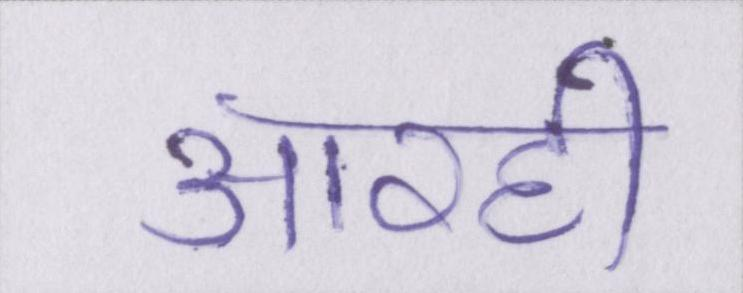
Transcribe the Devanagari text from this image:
आरही